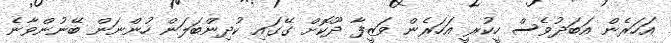
އަހަރެން އަބަދުވެސް ހީކުރީ އަހަރެން ވަޒީފާ ދޫކޮށް ގޭގައި ކުދިންބަލަން ހުންނަން ބޭނުންވާނެ